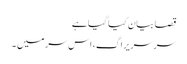
قصا بیان کیا گیا ہے
سر سریراگ، اس سر میں ۔